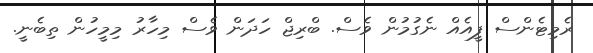
ރެމިޓެންސް ފީއެއް ނެގުމުން ވެސް. ބްރިޖް ހަދަން ވެސް މިހާރު މިމީހުން ތިބެނީ.